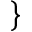
\rbrace